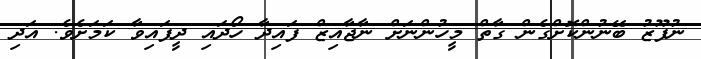
ނުފޫޒު ބޭނުންކޮށްގެން ގާތް މީހުންނަށް ނާޖާއިޒް ފައިދާ ހޯދައި ދީފައިވާ ކަމަށެވެ. އަދި